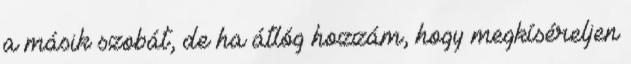
a másik szobát, de ha átlóg hozzám, hogy megkíséreljen